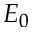
E _ { 0 }